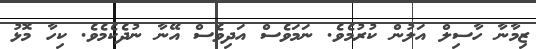
ޒިމާނާ ހާސިލް އަލުން ކުރުމެވެ. ނަމަވެސް އަދިވެސް އޭނާ ނުދެކެމެވެ. ކިހާ މޮޅު